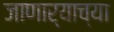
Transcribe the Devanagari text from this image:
जाणार्‍याच्या